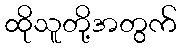
ထိုသူတို့အတွက်